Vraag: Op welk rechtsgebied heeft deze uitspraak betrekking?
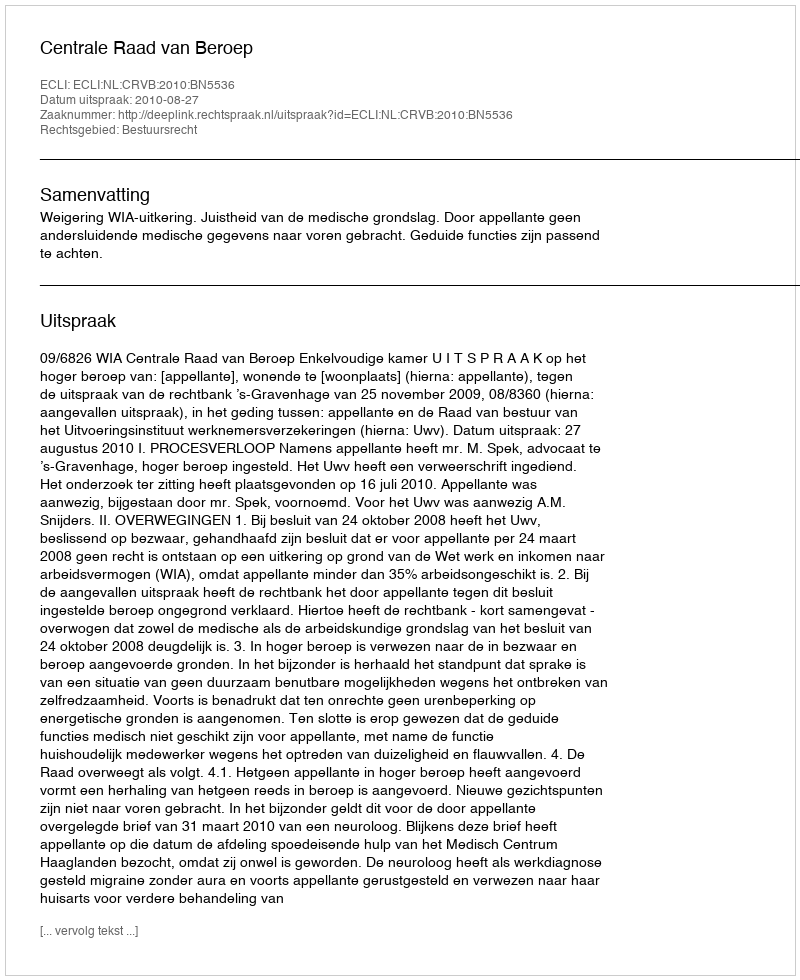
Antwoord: Bestuursrecht